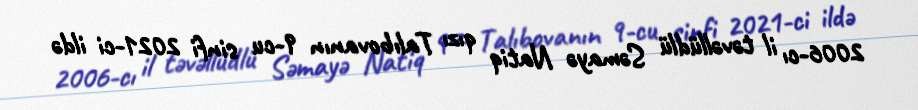
2006-cı il təvəllüdlü Səmayə Natiq qızı Talıbovanın 9-cu sinfi 2021-ci ildə